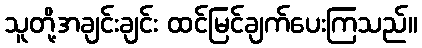
သူတို့အချင်းချင်း ထင်မြင်ချက်ပေးကြသည်။